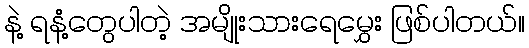
နဲ့ ရနံ့တွေပါတဲ့ အမျိုးသားရေမွှေး ဖြစ်ပါတယ်။